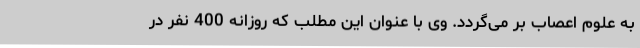
به علوم اعصاب بر می‌گردد. وی با عنوان این مطلب که روزانه 400 نفر در